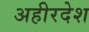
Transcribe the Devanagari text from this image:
अहीरदेश